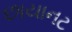
છાયાનટ